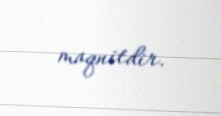
maqnitdir.